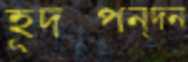
হূদস্পন্দন